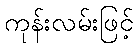
ကုန်းလမ်းဖြင့်